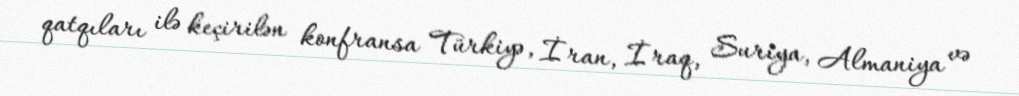
qatqıları ilə keçirilən konfransa Türkiyə, İran, İraq, Suriya, Almaniya və